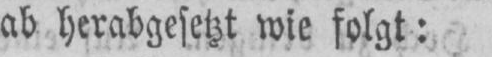
ab herabgesetzt wie folgt: